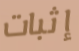
إثبات